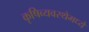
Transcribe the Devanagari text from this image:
कृषिव्यवस्थेमध्ये